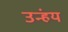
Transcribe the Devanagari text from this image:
उन्हंय